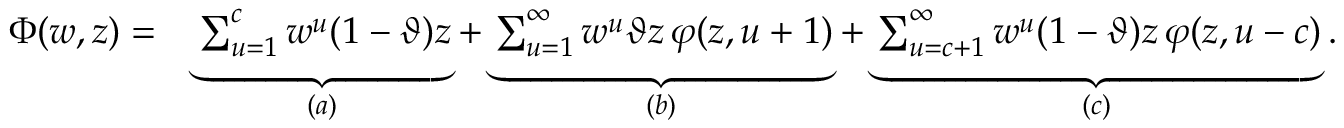
\begin{array} { r l } { \Phi ( w , z ) = } & { \underbrace { \sum _ { u = 1 } ^ { c } w ^ { u } ( 1 - \vartheta ) z } _ { ( a ) } + \underbrace { \sum _ { u = 1 } ^ { \infty } w ^ { u } \vartheta z \, \varphi ( z , u + 1 ) } _ { ( b ) } + \underbrace { \sum _ { u = c + 1 } ^ { \infty } w ^ { u } ( 1 - \vartheta ) z \, \varphi ( z , u - c ) } _ { ( c ) } . } \end{array}